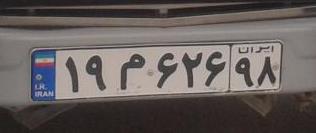
۱۹م۶۲۶۹۸